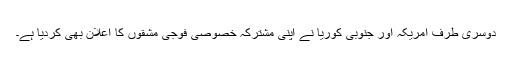
دوسری طرف امریکہ اور جنوبی کوریا نے اپنی مشترکہ خصوصی فوجی مشقوں کا اعلان بھی کردیا ہے۔